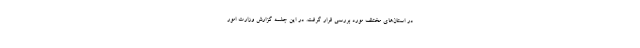
در استان‌های مختلف مورد بررسی قرار گرفت. در این جلسه گزارش وزارت امور